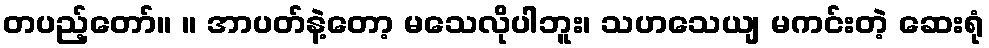
တပည့်တော်။ ။ အာပတ်နဲ့တော့ မသေလိုပါဘူး၊ သဟသေယျ မကင်းတဲ့ ဆေးရုံ